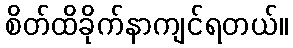
စိတ်ထိခိုက်နာကျင်ရတယ်။